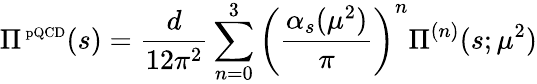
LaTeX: \Pi^{\mathrm{\scriptsize~pQCD}}(s)=\frac{d}{12\pi^{2}}\sum_{n=0}^{3}\left(\frac{\alpha_{s}(\mu^{2})}{\pi}\right)^{n}\Pi^{(n)}(s;\mu^{2})